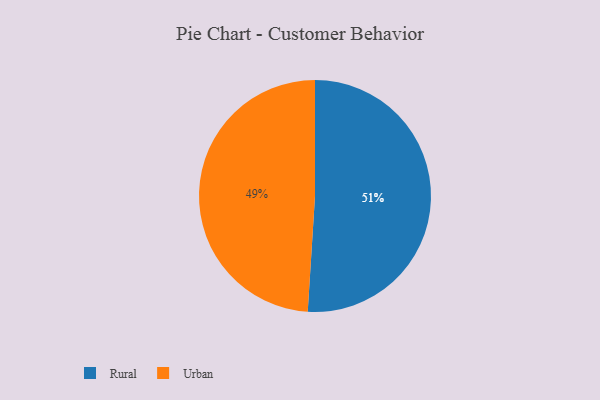
{"axis": {"x": "Category", "y": "Percentage"}, "legend": ["Rural", "Urban"], "data": [{"x": "Urban", "y": 49, "type": "Urban"}, {"x": "Rural", "y": 51, "type": "Rural"}]}